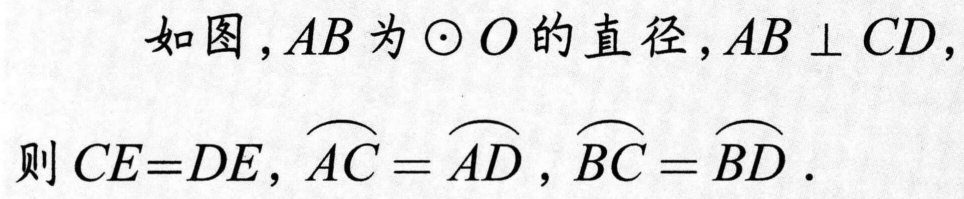
如图，\(AB\)为\(\odot O\)的直径，\(AB\perp CD\)，
则\(CE = DE\)，\(\overset{\frown}{AC}=\overset{\frown}{AD}\)，\(\overset{\frown}{BC}=\overset{\frown}{BD}\).